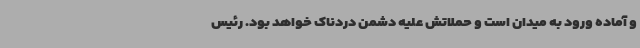
و آماده ورود به میدان است و حملاتش علیه دشمن دردناک خواهد بود. رئیس